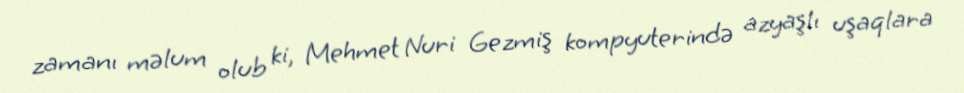
zamanı məlum olub ki, Mehmet Nuri Gezmiş kompyuterində azyaşlı uşaqlara